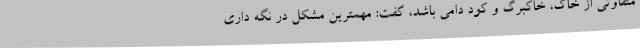
متفاوتی از خاک، خاکبرگ و کود دامی باشد، گفت: مهمترین مشکل در نگه داری